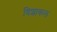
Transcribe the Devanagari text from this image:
विशाकल